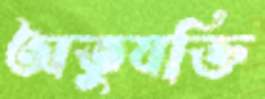
অতুযক্তি